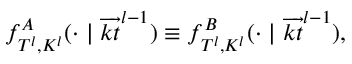
\begin{array} { r } { f _ { T ^ { l } , K ^ { l } } ^ { A } ( \cdot \ensuremath { \; | \; } \overrightarrow { k t } ^ { l - 1 } ) \equiv f _ { T ^ { l } , K ^ { l } } ^ { B } ( \cdot \ensuremath { \; | \; } \overrightarrow { k t } ^ { l - 1 } ) , } \end{array}